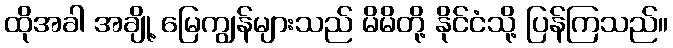
ထိုအခါ အချို့ မြေကျွန်များသည် မိမိတို့ နိုင်ငံသို့ ပြန်ကြသည်။